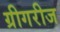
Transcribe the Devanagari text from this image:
ग्रीगरीज